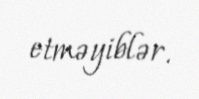
etməyiblər.